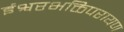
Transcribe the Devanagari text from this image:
ईश्वरभक्तिपरायण